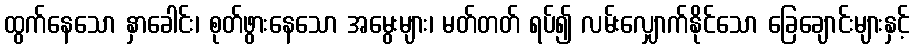
ထွက်နေသော နှာခေါင်း၊ စုတ်ဖွားနေသော အမွေးများ၊ မတ်တတ် ရပ်၍ လမ်းလျှောက်နိုင်သော ခြေချောင်းများနှင့်